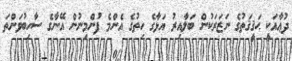
ދުޢާއަކީ ޙަޤީޤަތުގެ ނަޒަރަކުން ބަލާއިރު އަޅާގެ ހިތުގެ އެންމެ ފުންމިނުން އޭނާގެ ސާހިބުވަންތަ